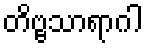
တိဗ္ဗသာရာဂါ